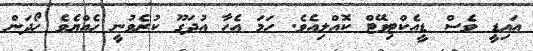
އައިޑީ ވެސް ޑީއެކްޓިވޭޓް ކޮއްލިއެވެ. ހަމަ އެހާ އުދަގޫ ކުރެވުނީ ހެއްޔެވެ ހޯދަން